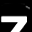
Digit: 7